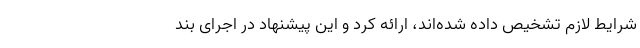
شرایط لازم تشخیص داده شده‌اند، ارائه کرد و این پیشنهاد در اجرای بند